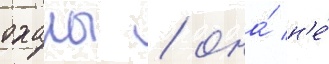
оханы / она́ н'е́